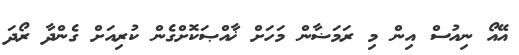
އޭއޯ ނިއުސް އިން މި ރަމަޟާން މަހަށް ޚާއްޞަކޮށްގެން ކުރިއަށް ގެންދާ ރޯދަ